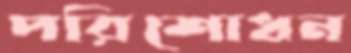
পরিশোধন